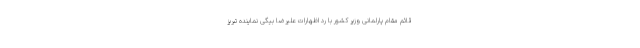
قائم مقام پارلمانی وزیر کشور با رد اظهارات علیرضا بیگی نماینده تبریز